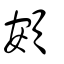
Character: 頞